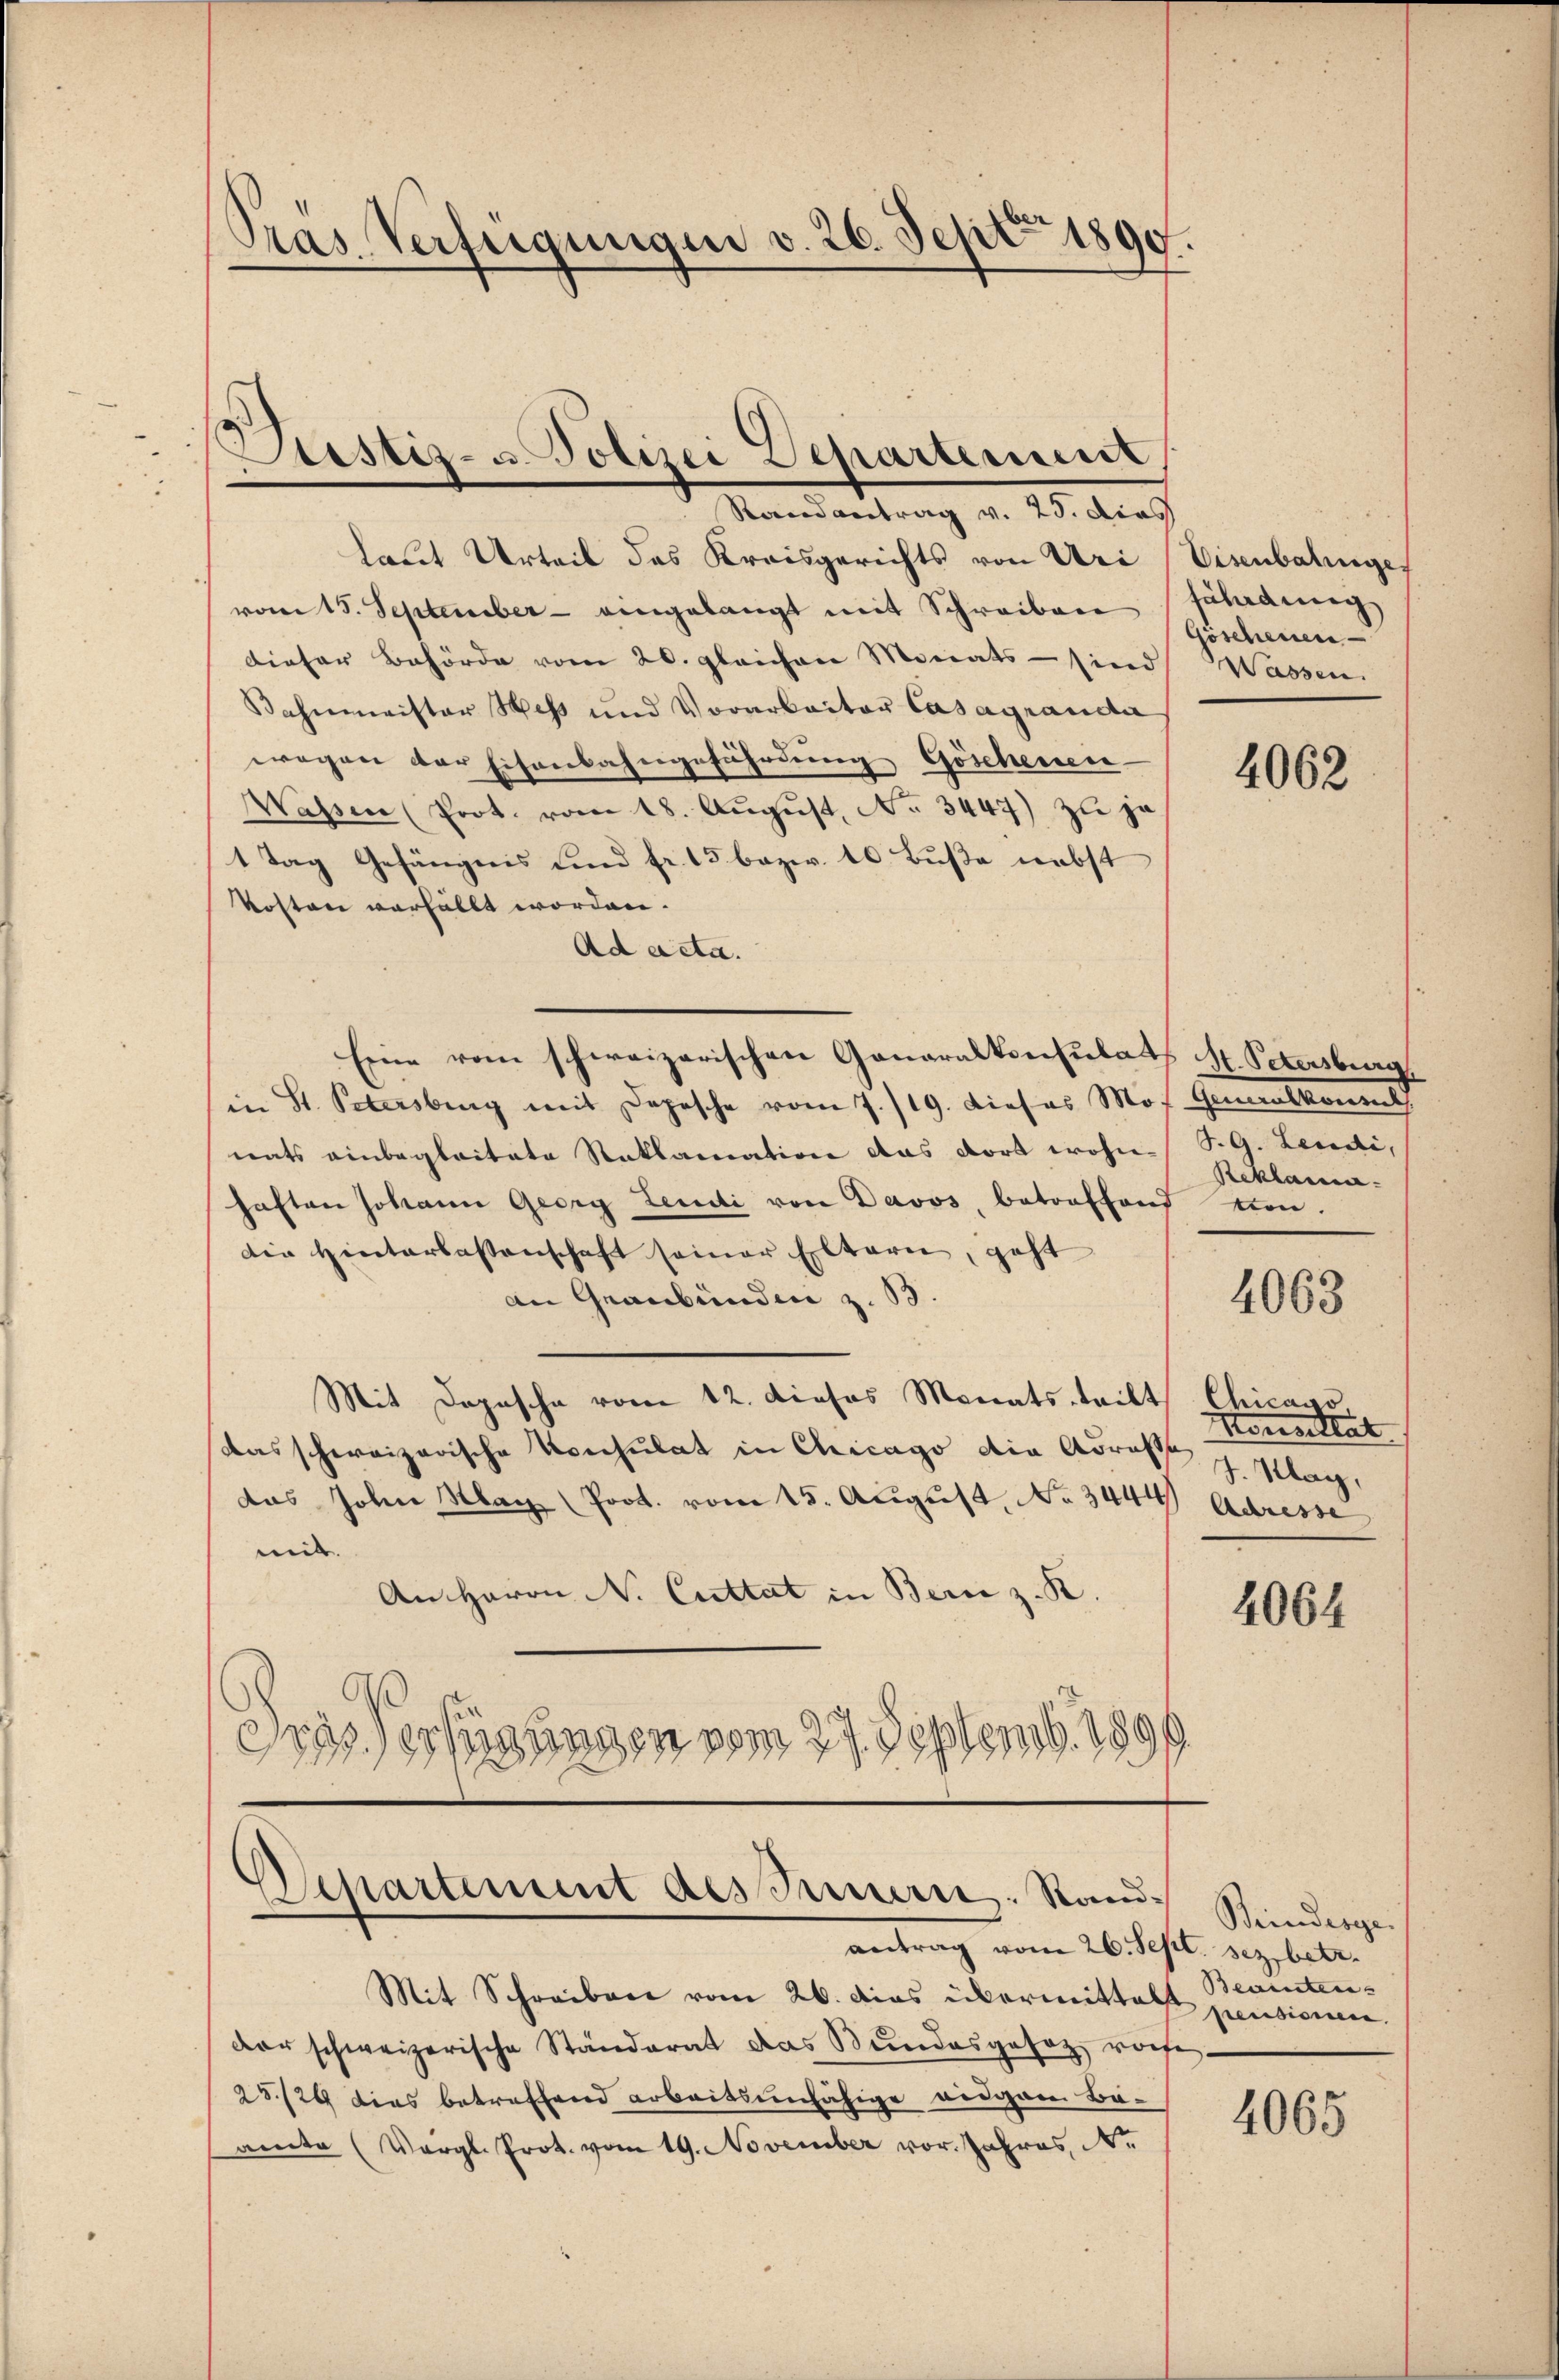
Pras Verfügungen v. 26. Sept 1890.

Justiz- u. Polizei Departement,
Randantrag v. 25. dies

laut Urteil des Kreisgerichts von Uri (Eisenbalinges
vom 15. September - eingelangt mit Schreiben Fäladung
dieser Behörde vom 26. gleichen Monats sind Wassen
Bahnmeister Was und Vorarbeiter Casagranda
wegen der Eisenbahngeführdung Göschenen-
WWassen (Prot. vom 18. Aŭgŭst No 3447) zu ju
1 Tag Gefängnis und fr. 15 bezw. 10. Buße nebst
Kosten verhällt worden.
Ad acta.
Eine vom schweizerischen Ganaralkonsulats H. Petersburg
in St. Petersburg mit Depesche vom 7./19. Dieses Mos. Gemeinskomme
nats einbegleitete Reklamation das dort wohn-/S. G. Lendi,
haften Johann Georg Leudi von Davos, betreffend eien.
die Hinterlassenschaft seiner Eltern, geht
an Graubünden z. B.
Mit Depesche vom 12. dieses Monats teilt Chicago
das schweizerische Konsulat in Chicago die Adresse
das John May (Prot. vom 15. August, No 3444 Adresse
mit.
An Herrn N. Cuttat in Bern z. K.
as) erfügungen vom 27. Septemb. 1899

Göschenen

4062

Reklama

4063

Konstat
I. Klag,

4064

Departement des Innern. Standantrag vom 26. Sept. sezbetr.

Beindesge
Beainten-
pensionen.

Mit Schreiben vom 26. das übermittel
der schweizerische Ständerat das Bundesgesez vorte-
28/29 dies betreffend arbeitsunfähige eidgan Be-
amte (Vergl. Prot. vom 19. November vor. Jahres, N.

4065